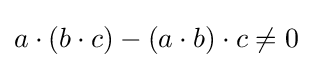
a\cdot (b\cdot c)-(a\cdot b)\cdot c\neq 0